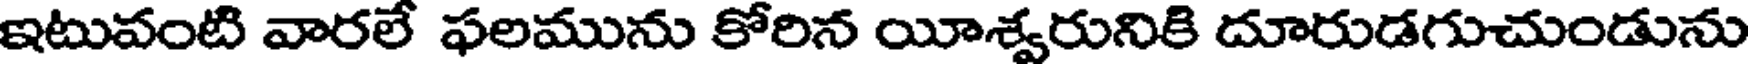
ఇటువంటి వారలే ఫలమును కోరిన యీశ్వరునికి దూరుడగుచుండును